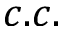
c . c .